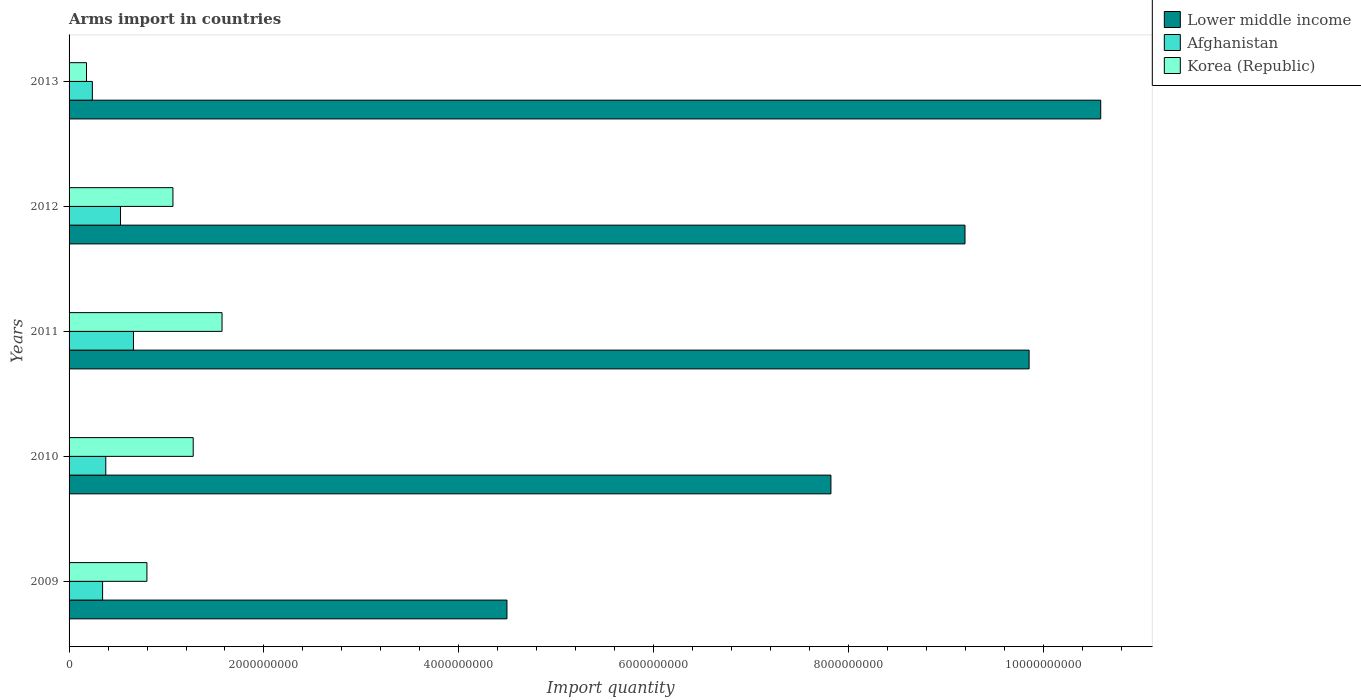
| Years | Lower middle income | Afghanistan | Korea (Republic) |
 | --- | --- | --- | --- |
 | 2009 | 4.49e+09 | 3.44e+08 | 7.99e+08 |
 | 2010 | 7.82e+09 | 3.77e+08 | 1.27e+09 |
 | 2011 | 9.85e+09 | 6.61e+08 | 1.57e+09 |
 | 2012 | 9.2e+09 | 5.28e+08 | 1.07e+09 |
 | 2013 | 1.06e+10 | 2.39e+08 | 1.79e+08 |